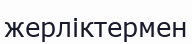
жерліктермен